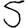
Digit: 5